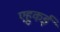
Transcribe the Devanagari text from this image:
एहुकई